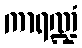
ကာရဏ္ဍံ